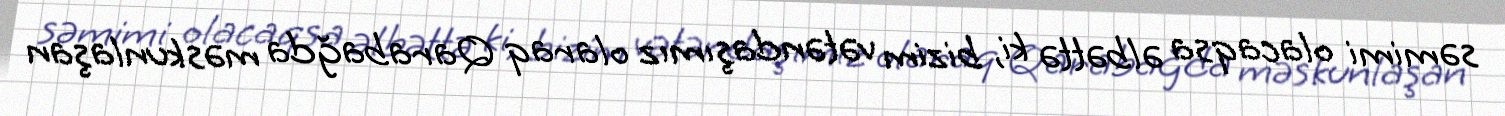
səmimi olacaqsa əlbəttə ki, bizim vətəndaşımız olaraq Qarabağda məskunlaşan